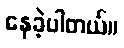
နေခဲ့ပါတယ်။